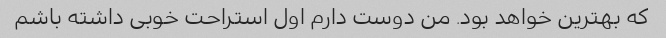
که بهترین خواهد بود. من دوست دارم اول استراحت خوبی داشته باشم